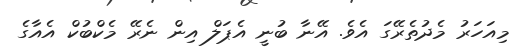
މިއަހަރު މެދުތެރޭގަ އެވެ. އޭނާ ބުނީ އެޕަލް އިން ނެރޭ މެކްބުކް އެއާގެ